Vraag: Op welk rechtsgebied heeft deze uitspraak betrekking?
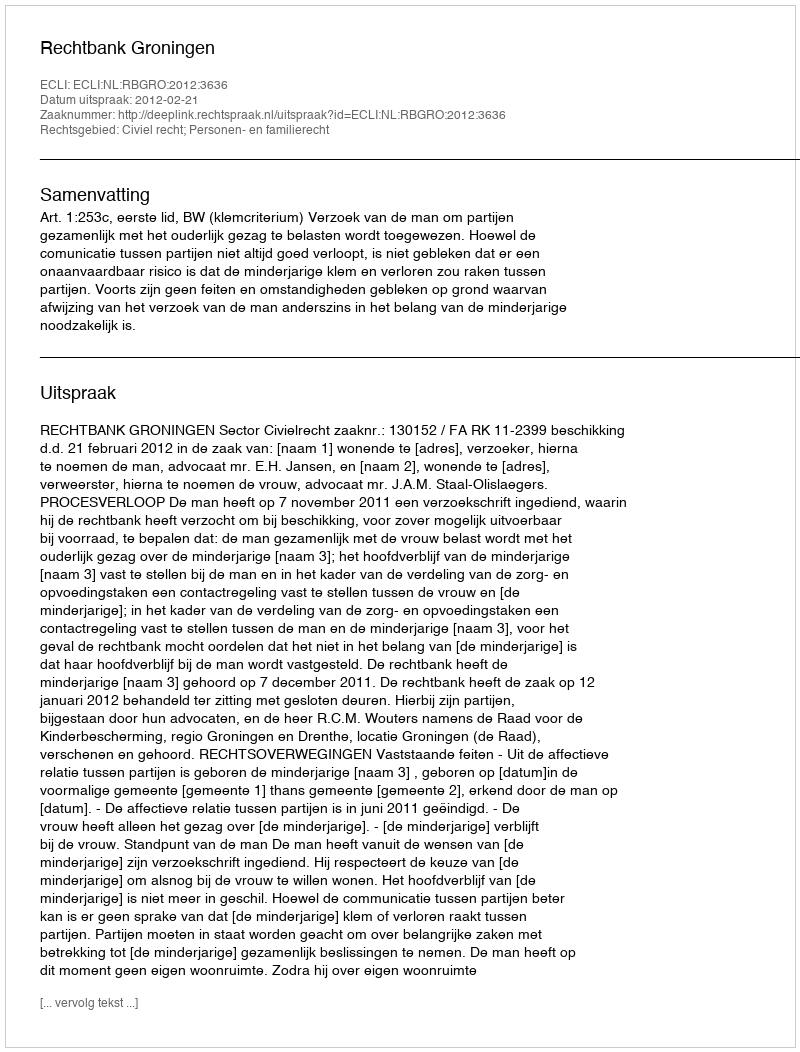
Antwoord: Civiel recht; Personen- en familierecht